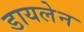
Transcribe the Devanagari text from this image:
डायलेन